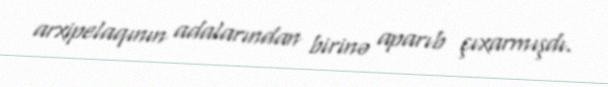
arxipelaqının adalarından birinə aparıb çıxarmışdı.